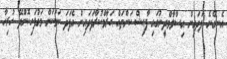
އެނގޭނެ ފަދައިން އިސްލާމްދީނުގައި ފާޙިޝް ކަންތައް ޙަރާމްކުރާފަދައިން އެފަދަ ކަމަކަށް މަގުފަހިކޮށްދޭ ހުރިހާ